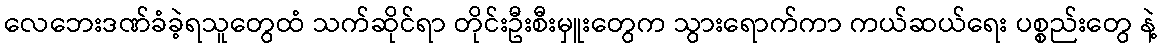
လေဘေးဒဏ်ခံခဲ့ရသူတွေထံ သက်ဆိုင်ရာ တိုင်းဦးစီးမှူးတွေက သွားရောက်ကာ ကယ်ဆယ်ရေး ပစ္စည်းတွေ နဲ့